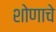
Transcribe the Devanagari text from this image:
शोणाचे